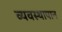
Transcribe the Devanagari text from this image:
व्यवस्थापान